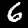
Digit: 6